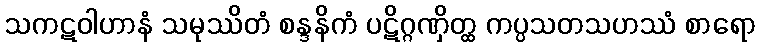
သကဋဝါဟာနံ သမုဿိတံ စန္ဒနိကံ ပဋိဂ္ဂဏှိတ္ထ ကပ္ပသတသဟဿံ စာရော